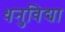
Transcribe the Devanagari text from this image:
धनुविद्या